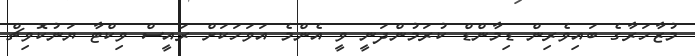
މުޒާހަރާގެ ބައިވެރިން ޑިމާންޑް ކުރަމުންދަނީ ވީ އެންމެ އަވަހަކަށް ރައީސް ވިކްޓާ ޔަނުކޮވިޗް